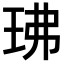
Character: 𤤖